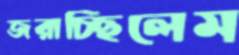
জরাচ্ছিলেম